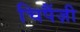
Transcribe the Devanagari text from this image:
चिपैंज़ी